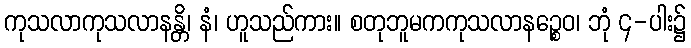
ကုသလာကုသလာနန္တိ၊ နံ၊ ဟူသည်ကား။ စတုဘူမကကုသလာနဉ္စေဝ၊ ဘုံ ၄-ပါး၌